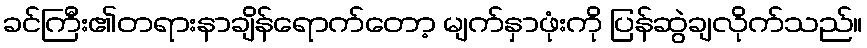
ခင်ကြီး၏တရားနာချိန်ရောက်တော့ မျက်နှာဖုံးကို ပြန်ဆွဲချလိုက်သည်။